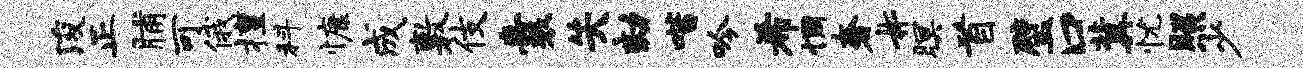
浚正脯可俄擅科慷成敷伎囊失劾喈吟希惆奢#暝首璧口冀忧照少